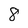
Character: 8